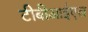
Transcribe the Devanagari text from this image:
टीबीआईएल